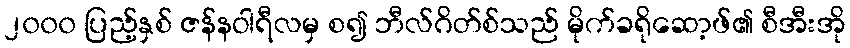
၂၀၀၀ ပြည့်နှစ် ဇန်နဝါရီလမှ စ၍ ဘီလ်ဂိတ်စ်သည် မိုက်ခရိုဆော့ဖ်၏ စီအီးအို